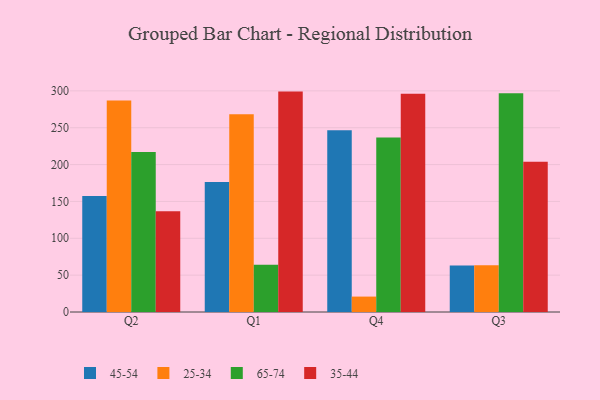
{"axis": {"x": "Quarter", "y": "Satisfaction Score"}, "legend": ["25-34", "35-44", "45-54", "65-74"], "data": [{"x": "Q2", "y": 157.3, "type": "45-54"}, {"x": "Q2", "y": 287.0, "type": "25-34"}, {"x": "Q2", "y": 217.1, "type": "65-74"}, {"x": "Q2", "y": 136.6, "type": "35-44"}, {"x": "Q1", "y": 176.5, "type": "45-54"}, {"x": "Q1", "y": 268.3, "type": "25-34"}, {"x": "Q1", "y": 64.2, "type": "65-74"}, {"x": "Q1", "y": 299.0, "type": "35-44"}, {"x": "Q4", "y": 246.7, "type": "45-54"}, {"x": "Q4", "y": 20.9, "type": "25-34"}, {"x": "Q4", "y": 236.7, "type": "65-74"}, {"x": "Q4", "y": 296.1, "type": "35-44"}, {"x": "Q3", "y": 63.2, "type": "45-54"}, {"x": "Q3", "y": 63.5, "type": "25-34"}, {"x": "Q3", "y": 296.8, "type": "65-74"}, {"x": "Q3", "y": 203.9, "type": "35-44"}]}